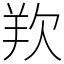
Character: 𭭋